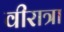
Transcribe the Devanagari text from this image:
वीरात्रा